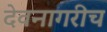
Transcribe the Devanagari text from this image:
देवनागरीच